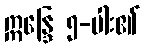
ဣန္ဒြေ ၅-ပါး၏